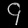
Digit: ၄